Regulations for the medical services of the Army of India
Year: 1930
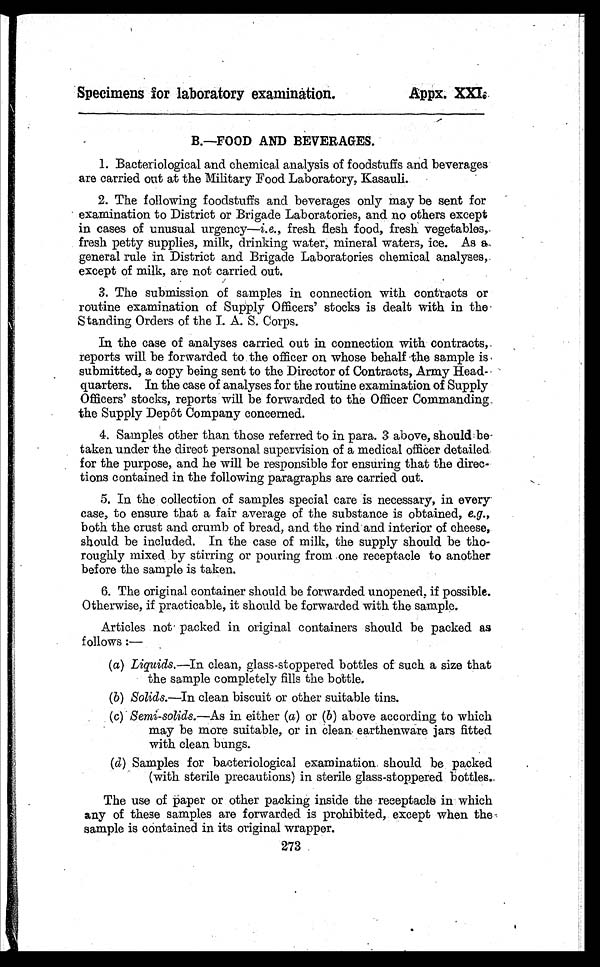
Specimens for laboratory examination.
Appx. XXI.
B.—FOOD AND BEVERAGES.
1. Bacteriological and chemical analysis of foodstuffs and beverages
are carried out at the Military Food Laboratory, Kasauli.
2. The following foodstuffs and beverages only may be sent for
examination to District or Brigade Laboratories, and no others except
in cases of unusual urgency— i.e. , fresh flesh food, fresh vegetables,
fresh petty supplies, milk, drinking water, mineral waters, ice. As a
general rule in District and Brigade Laboratories chemical analyses,
except of milk, are not carried out.
3. The submission of samples in connection with contracts or
routine examination of Supply Officers' stocks is dealt with in the
Standing Orders of the I. A. S. Corps.
In the case of analyses carried out in connection with contracts,
reports will be forwarded to the officer on whose behalf the sample is
submitted, a copy being sent to the Director of Contracts, Army Head-
quarters. In the case of analyses for the routine examination of Supply
Officers' stocks, reports will be forwarded to the Officer Commanding
the Supply Depôt Company concerned.
4. Samples other than those referred to in para. 3 above, should be -
taken under the direct personal supervision of a medical officer detailed
for the purpose, and he will be responsible for ensuring that the direc-
tions contained in the following paragraphs are carried out.
5. In the collection of samples special care is necessary, in every
case, to ensure that a fair average of the substance is obtained, e.g.,
both the crust and crumb of bread, and the rind and interior of cheese,
should be included. In the case of milk, the supply should be tho-
roughly mixed by stirring or pouring from one receptacle to another
before the sample is taken.
6. The original container should be forwarded unopened, if possible.
Otherwise, if practicable, it should be forwarded with the sample.
Articles not packed in original containers should be packed as
follows:—
(a)Liquids.—In clean, glass-stoppered bottles of such a size that
the sample completely fills the bottle.
(b)Solids.—In clean biscuit or other suitable tins.
(c)Semi-solids.—As in either (a) or (b) above according to which
may be more suitable, or in clean earthenware jars fitted
with clean bungs.
(d)Samples for bacteriological examination should be packed
(with sterile precautions) in sterile glass-stoppered bottles..
The use of paper or other packing inside the receptacle in which
any of these samples are forwarded is prohibited, except when the
sample is contained in its original wrapper.
273